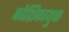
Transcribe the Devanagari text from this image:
कोशिकायुक्त